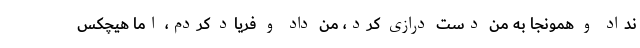
نداد و همونجا به من دست درازی کرد، من داد و فریاد کردم، اما هیچکس